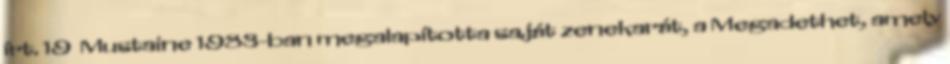
írt. 19 Mustaine 1983-ban megalapította saját zenekarát, a Megadethet, amely